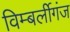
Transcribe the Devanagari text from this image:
विम्बर्लीगंज